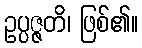
ဥပ္ပဇ္ဇတိ၊ ဖြစ်၏။